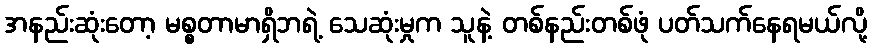
အနည်းဆုံးတော့ မစ္စတာမာရှိဘရဲ့ သေဆုံးမှုက သူနဲ့ တစ်နည်းတစ်ဖုံ ပတ်သက်နေရမယ်လို့